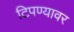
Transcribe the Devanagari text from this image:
टिपण्यावर